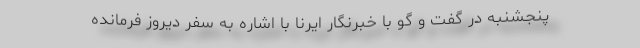
پنجشنبه در گفت و گو با خبرنگار ایرنا با اشاره به سفر دیروز فرمانده